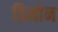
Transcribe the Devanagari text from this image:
डिमोन